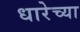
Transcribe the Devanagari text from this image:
धारेच्या